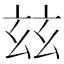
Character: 玆